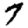
Digit: 7